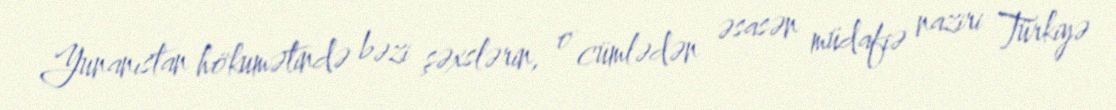
Yunanıstan hökumətində bəzi şəxslərin, o cümlədən əsasən müdafiə naziri Türkiyə